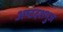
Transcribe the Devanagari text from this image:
अष्टदशभुज